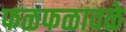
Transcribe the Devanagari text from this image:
फळफळावळे